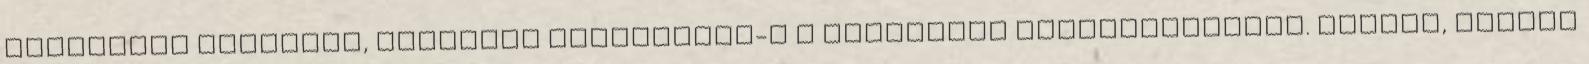
politikai hátszele, sikereit köszönheti-e a politikai kapcsolatainak. Lénárd, akinek